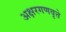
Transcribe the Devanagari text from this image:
अक्षरगणवृत्ते